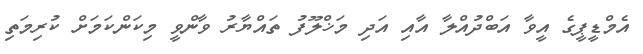
އެމްޑީޕީގެ އީވާ އަބްދުއްލާ އާއި އަދި މަޚްލޫފު ތައްޔާރު ވާންވީ މިކަންކަމަށް ކުރިމަތި